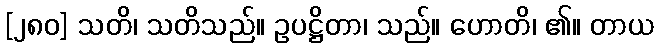
[၂၈၀] သတိ၊ သတိသည်။ ဥပဋ္ဌိတာ၊ သည်။ ဟောတိ၊ ၏။ တာယ